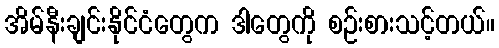
အိမ်နီးချင်းနိုင်ငံတွေက ဒါတွေကို စဉ်းစားသင့်တယ်။